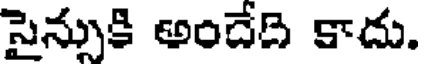
సైన్నుకి అందేది కాదు.